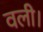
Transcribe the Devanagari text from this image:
वली।